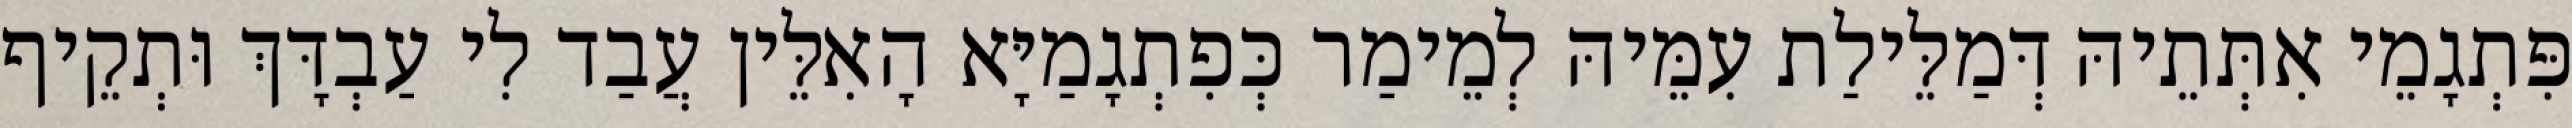
פִּתְגָמֵי אִתְּתֵיהּ דְּמַלֵּילַת עִמֵּיהּ לְמֵימַר כְּפִתְגָמַיָּא הָאִלֵּין עֲבַד לִי עַבְדָּךְ וּתְקֵיף